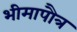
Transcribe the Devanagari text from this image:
भीमापौत्र